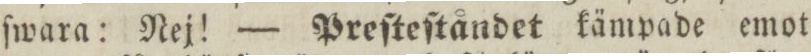
ſwara: Nej! — Preſteſtåndet kämpade emot